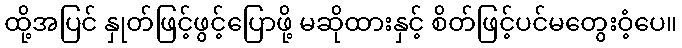
ထို့အပြင် နှုတ်ဖြင့်ဖွင့်ပြောဖို့ မဆိုထားနှင့် စိတ်ဖြင့်ပင်မတွေးဝံ့ပေ။